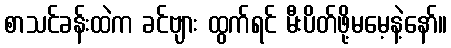
စာသင်ခန်းထဲက ခင်ဗျား ထွက်ရင် မီးပိတ်ဖို့မမေ့နဲ့နော်။